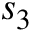
s _ { 3 }